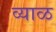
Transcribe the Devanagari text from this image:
व्याळ